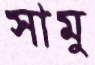
সামু